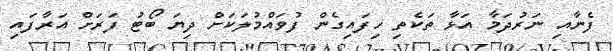
ފެނާއި ނަރުދަމާ އަޅާ ތަކެތި ހިފައިގެން ފުވައްމުލަކަށް ދިޔަ ބޯޓު ފަރަށް އަރާފައި